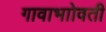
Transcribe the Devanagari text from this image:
गावाभाोवती